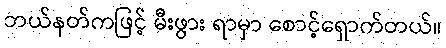
ဘယ်နတ်ကဖြင့် မီးဖွား ရာမှာ စောင့်ရှောက်တယ်။